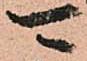
可